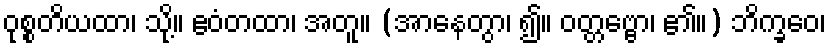
ဝုစ္စတိယထာ၊ သို့။ ဧဝံတထာ၊ အတူ။ (အာနေတွာ၊ ၍။ ဝတ္တဗ္ဗော၊ ၏။) ဘိက္ခဝေ၊